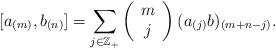
LaTeX: \begin{align*}[a_{(m)}, b_{(n)}]=\sum_{j\in \mathbb{Z_{+}}}\left(\begin{array}{ccc}m\\j\end{array}\right)(a_{(j)}b)_{(m+n-j)}.\end{align*}